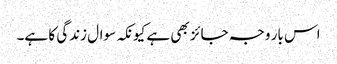
اس بار وجہ جائز بھی ہے کیونکہ سوال زندگی کا ہے۔